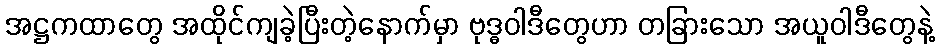
အဋ္ဌကထာတွေ အထိုင်ကျခဲ့ပြီးတဲ့နောက်မှာ ဗုဒ္ဓဝါဒီတွေဟာ တခြားသော အယူဝါဒီတွေနဲ့